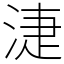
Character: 𣶏